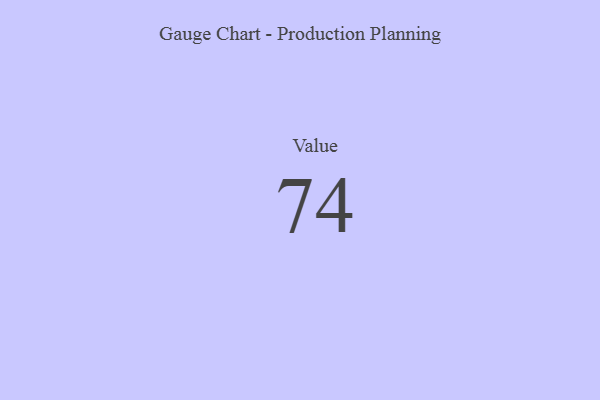
{"axis": {"x": "Metric", "y": "Value"}, "legend": [""], "data": [{"x": "Value", "y": 74, "type": ""}]}